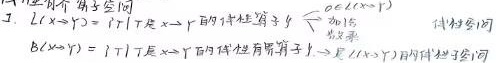
1. $L(x \to y)=\{T|T是x \to y的线性有界算子\}$，称$L(x \to y)$为$x \to y$的线性有界算子空间。
   - 其中$x,y$为线性空间，$T$是$x \to y$的线性算子，$0 \in (x \to y)$ 。
   - 当$x=y$时，简记$L(x \to x)=L(x)$ 。